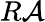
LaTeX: R\mathcal{A}